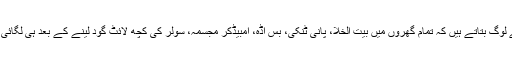
گاؤں کے لوگ بتاتے ہیں کہ تمام گھروں میں بیت الخلا، پانی ٹنکی، بس اڈہ، امبیڈکر مجسمہ، سولر کی کچھ لائٹ گود لینے کے بعد ہی لگائی گئی ہے۔